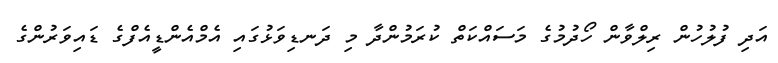
އަދި ފުލުހުން ރިލްވާން ހޯދުމުގެ މަސައްކަތް ކުރަމުންދާ މި ދަނޑިވަޅުގައި އެމްއެންޑީއެފްގެ ޑައިވަރުންގެ